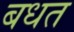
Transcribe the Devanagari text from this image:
बधत